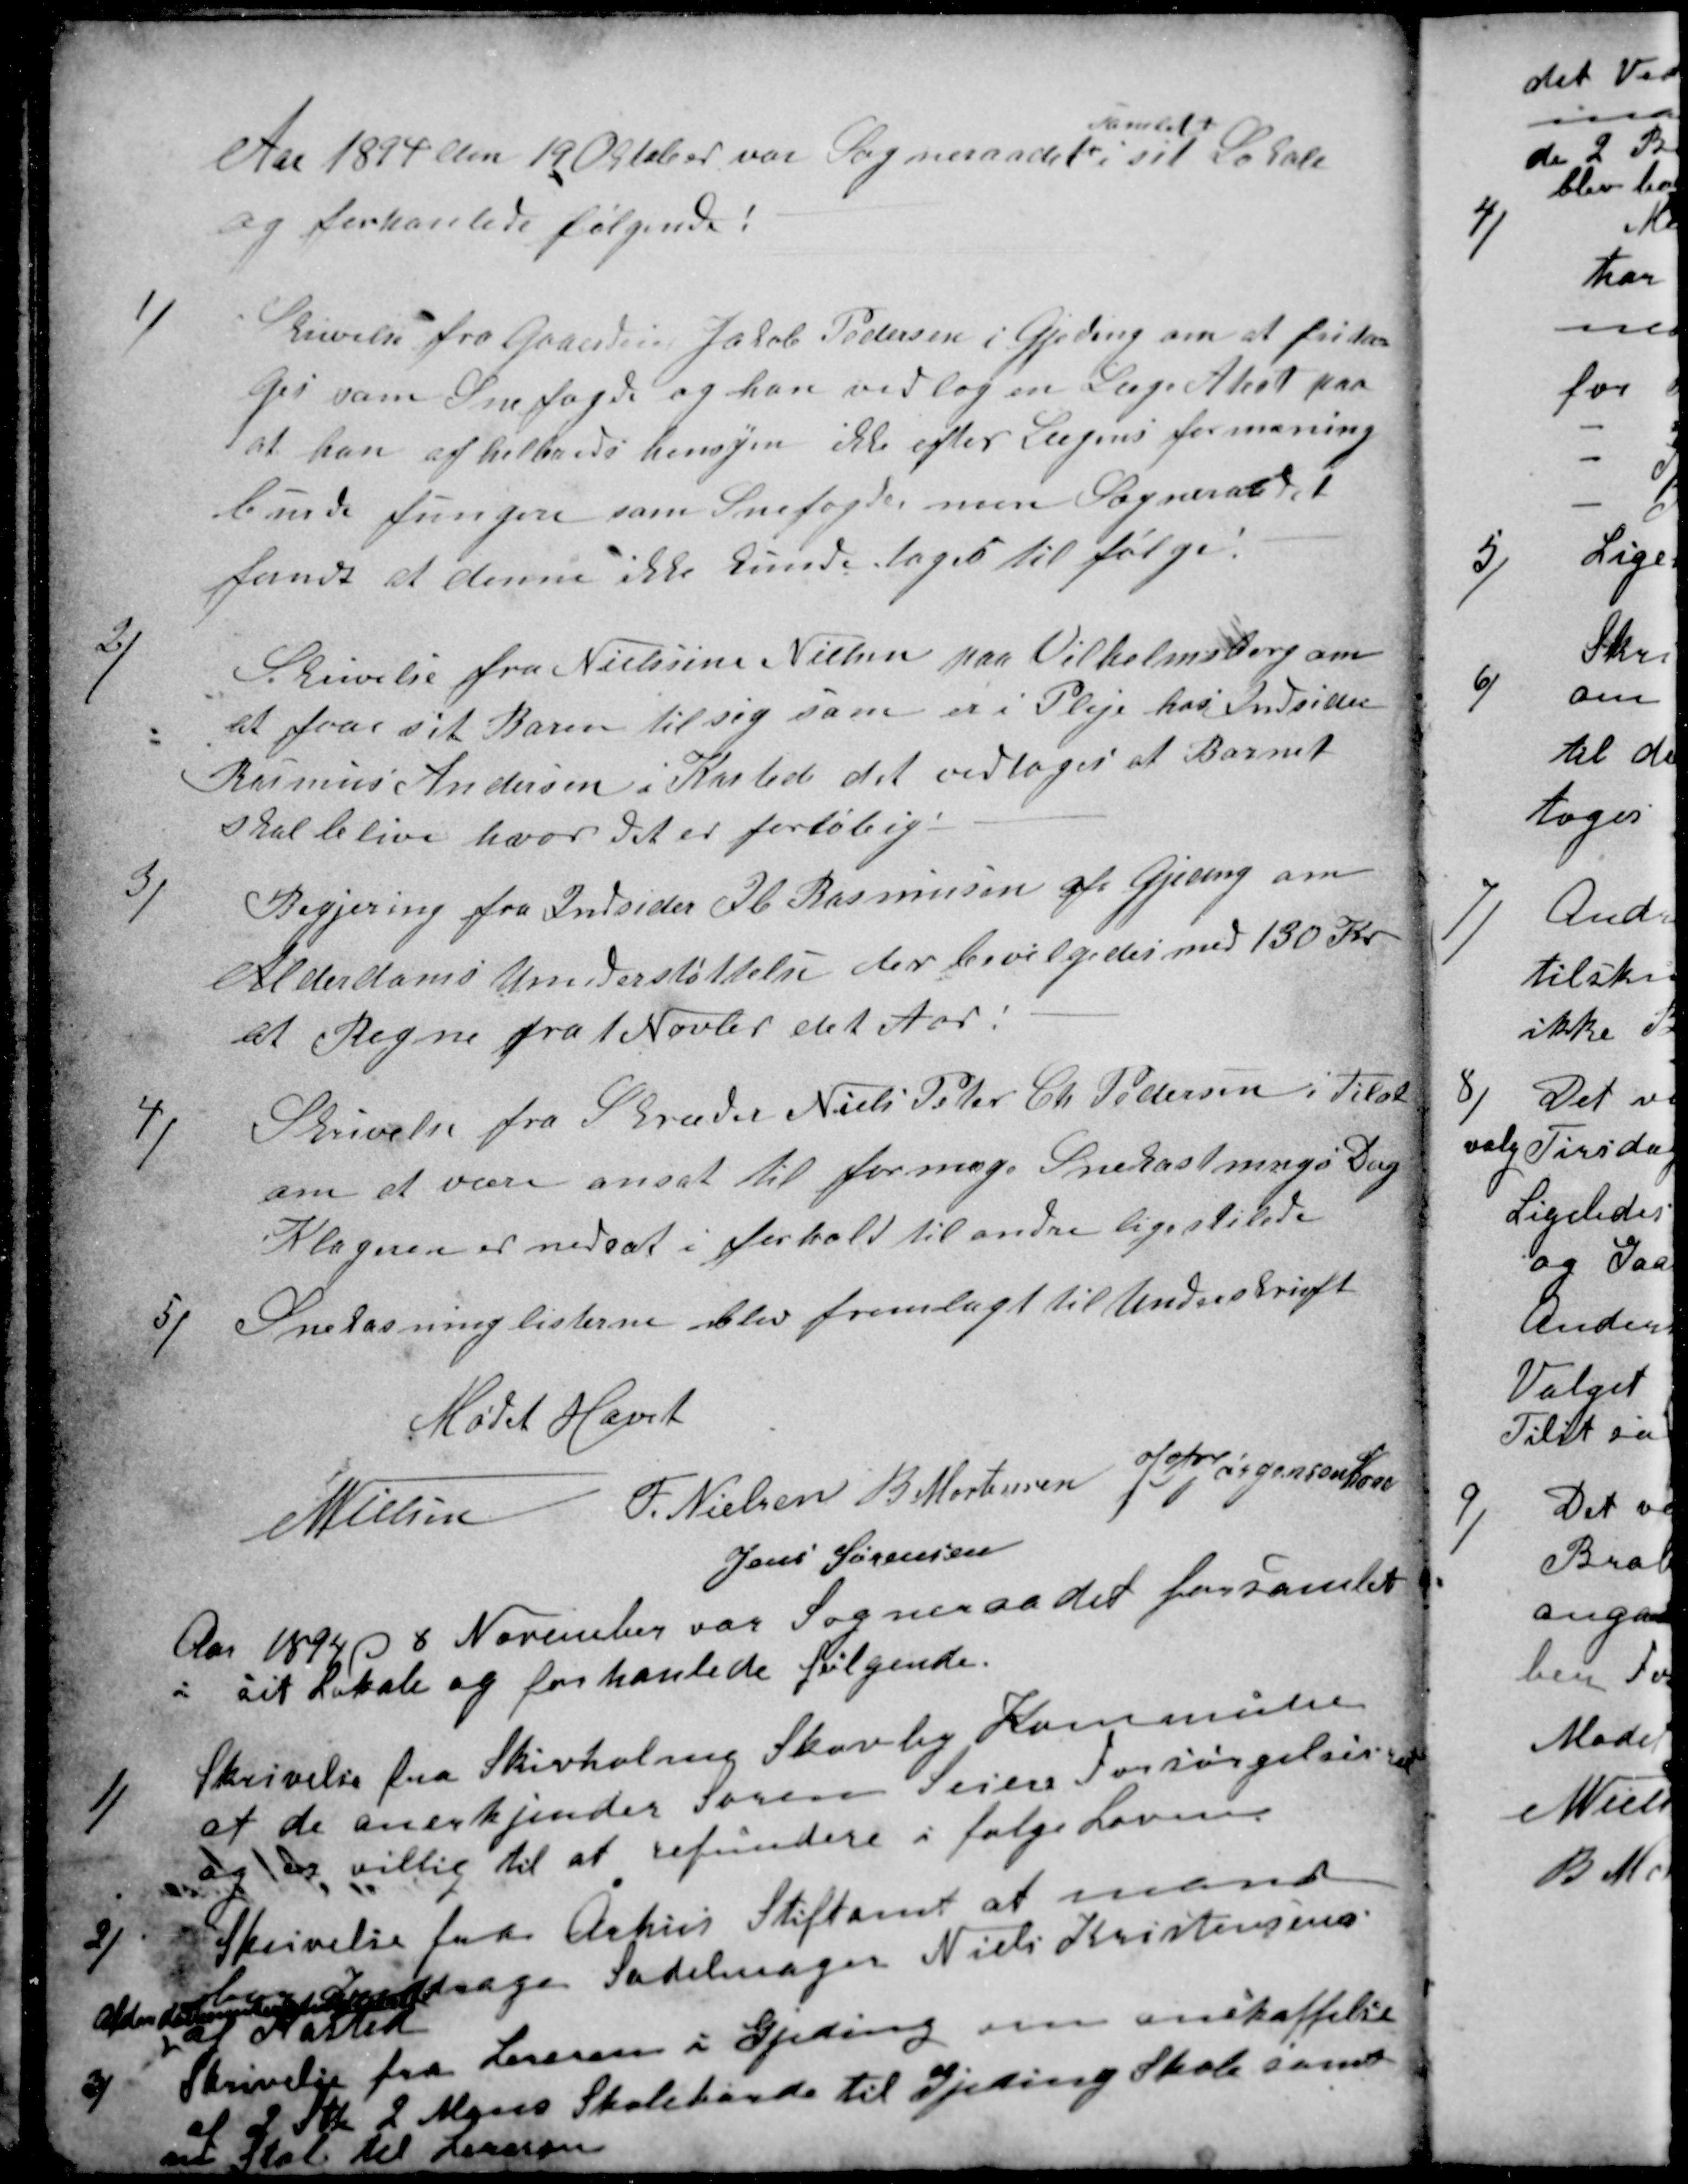
Transskription:
Aar 1894 den 19 Oktober var Sogneraadet
samlet
i sit Lokale
og forhanlede følgende:
1)
Skrivelse fra Gaardeier Jacob Pedersen i Gjeding om at frita-
ges som Snefogde og han vedlog en Læge Atest paa
at han af helbreds hensyn ikke efter Lægens formaning
burde fungere som Snefogde, men Sogneraadet
fandt at denne ikke kunde tages til følge.
2)
Skrivelse fra Nielsine Nielsen paa Vilhelmsborg om
at faae sit Baren til sig som er i Pleje hos Indsider
Rasmus Andersen i Kasted det vedtoges at Barnet
skal blive hvor det er forløbig.
3)
Begjering fra Indsider Ib Rasmussen af Gjeding om
Alderdoms Understøttelse der bevilgedes med 130 Kr.
at Regne fra 1 Novbr det Aar.
4)
Skrivelse fra Skræder Niels Peter Chr. Pedersen i Tilst
om at være ansat til for mege Snekastnings Dag
Klageren er nedsat i forhold til andre ligestilede
5)
Snekasninglisterne blev fremlagt til Underskrift
Mødet Hævet
N Nielsen
F. Nielsen
B Mortensen
J P Jørgensen Kaae
Jens Sørensen
Aar 1894 d 8 November var Sogneraadet forsamlet
i sit Lokale og forhanlede følgende.
1)
Skrivelse fra Skivholme Skovby Kommune
at de anerkjender Søren Sejers Forsørgelsesret
og er villig til at refundere i følge Loven
2)
Skrivelse fra Århus Stiftamt at mand
bør Inddrage Sadelmager Niels Kristensens
Alderdomsunderstøttelse
af Kasted
3)
Skrivelse fra Lereren i Gjeding om anskaffelse
af 2 Stk 2 Mans Skoleborde til Gjeding Skole samt
en Stol til Lereren